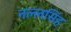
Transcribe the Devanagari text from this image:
नल्लसिंह